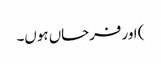
) اور فرحاں ہوں۔